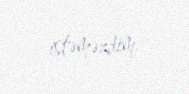
istəməzdim.